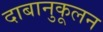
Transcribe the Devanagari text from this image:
दाबानुकूलन